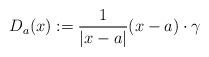
LaTeX: \begin{align*}D_a(x):=\frac{1}{|x-a|}(x-a)\cdot \gamma\end{align*}